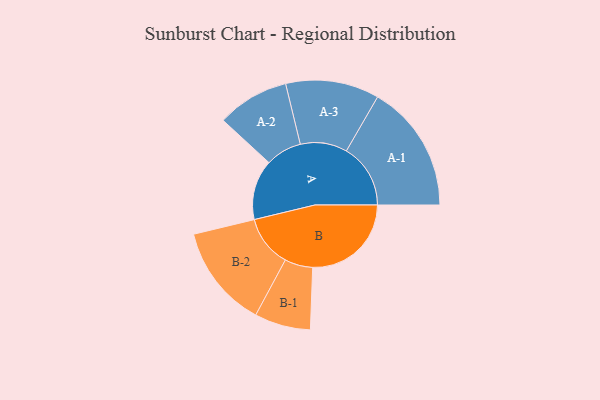
{"axis": {"x": "Segment", "y": "Value"}, "legend": ["", "A", "B"], "data": [{"x": "A", "y": 253, "type": ""}, {"x": "B", "y": 415, "type": ""}, {"x": "A-1", "y": 270, "type": "A"}, {"x": "A-2", "y": 152, "type": "A"}, {"x": "A-3", "y": 197, "type": "A"}, {"x": "B-1", "y": 118, "type": "B"}, {"x": "B-2", "y": 217, "type": "B"}]}